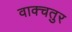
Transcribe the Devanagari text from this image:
वाक्चतुर